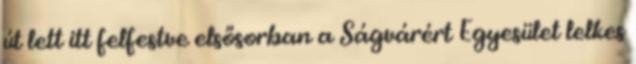
út lett itt felfestve elsősorban a Ságvárért Egyesület lelkes